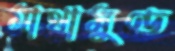
মাথামুণ্ড